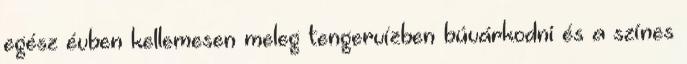
egész évben kellemesen meleg tengervízben búvárkodni és a színes